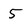
Character: 5